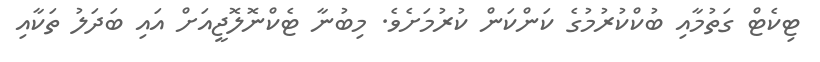
ޓިކެޓް ގަތުމާއި ބުކްކުރުމުގެ ކަންކަން ކުރުމަށެވެ. މިބުނާ ޓެކްނޮލޮޖީއަށް އައި ބަދަލު ތަކާއި